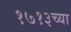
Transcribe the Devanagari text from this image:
१७१३च्या